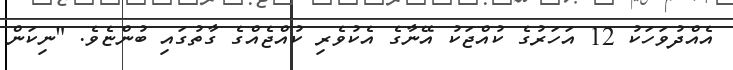
އެއްދުވަހަކު 12 އަހަރުގެ ކުއްޖަކު އޭނާގެ އެކުވެރި ކުއްޖެއްގެ ގާތުގައި ބުންޏެވެ. "ނިކަން